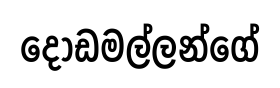
දොඩමල්ලන්ගේ